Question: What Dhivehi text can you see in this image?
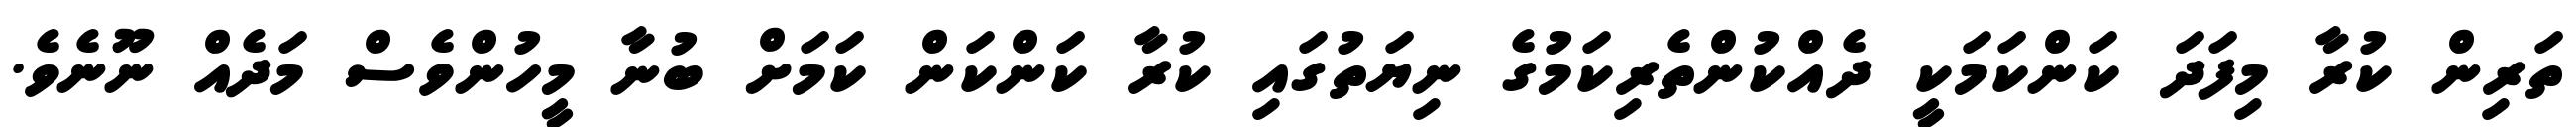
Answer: ތަރިން ކުރާ މިފަދަ ކަންކަމަކީ ދެއްކުންތެރިކަމުގެ ނިޔަތުގައި ކުރާ ކަންކަން ކަމަށް ބުނާ މީހުންވެސް މަދެއް ނޫނެވެ.